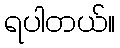
ရပါတယ်။